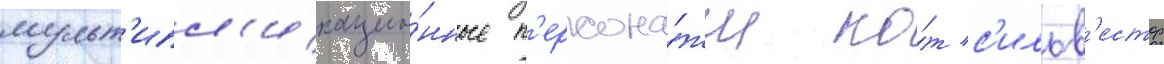
мульт'ипл'икацио́нные п'ерсона́жи ко́т с'ильв'естр